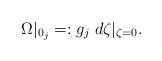
LaTeX: \begin{align*}\Omega|_{0_{j}}=:g_{j}\;d\zeta |_{\zeta=0}.\end{align*}